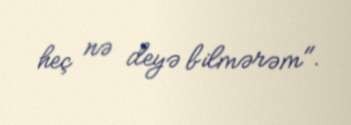
heç nə deyə bilmərəm".